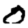
Digit: 0